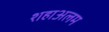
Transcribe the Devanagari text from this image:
शहाअलम